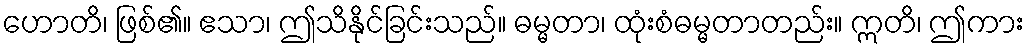
ဟောတိ၊ ဖြစ်၏။ ဧသာ၊ ဤသိနိုင်ခြင်းသည်။ ဓမ္မတာ၊ ထုံးစံဓမ္မတာတည်း။ ဣတိ၊ ဤကား